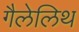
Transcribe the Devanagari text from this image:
गैलेलिथ